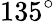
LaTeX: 135^{\circ}